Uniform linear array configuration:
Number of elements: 32
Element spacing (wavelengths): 0.25
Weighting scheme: hamming
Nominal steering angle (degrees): -15
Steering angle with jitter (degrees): -14.775
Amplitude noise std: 0.05
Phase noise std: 0.05

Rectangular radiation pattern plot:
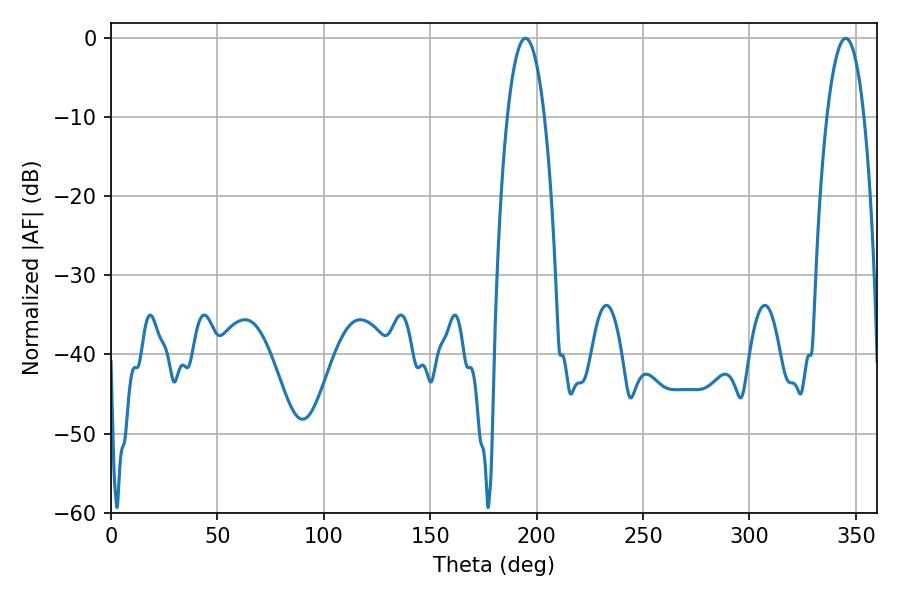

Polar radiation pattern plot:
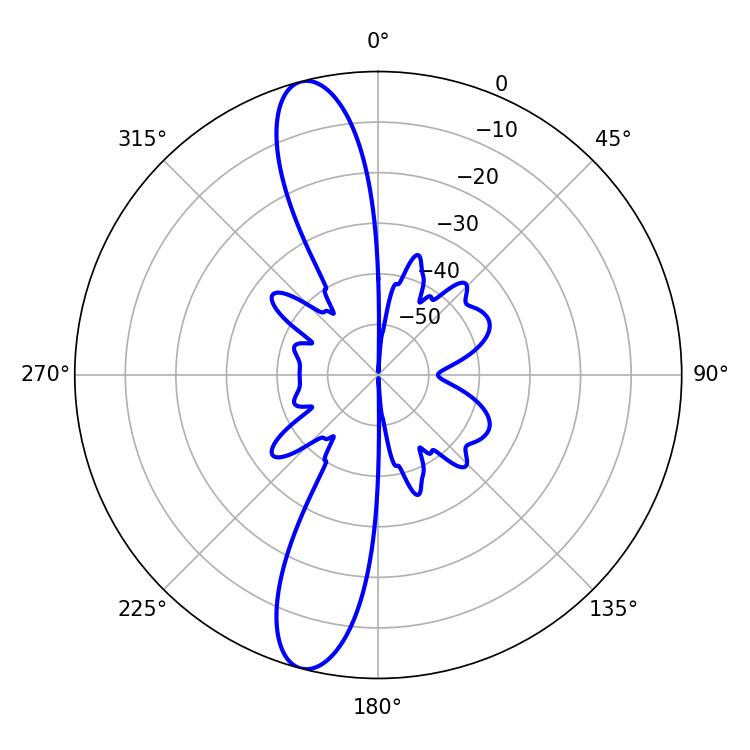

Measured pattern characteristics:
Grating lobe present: FALSE
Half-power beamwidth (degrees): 9.72
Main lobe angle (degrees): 194.76